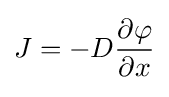
{\bigg .}J=-D{\frac {\partial \varphi }{\partial x}}{\bigg .}